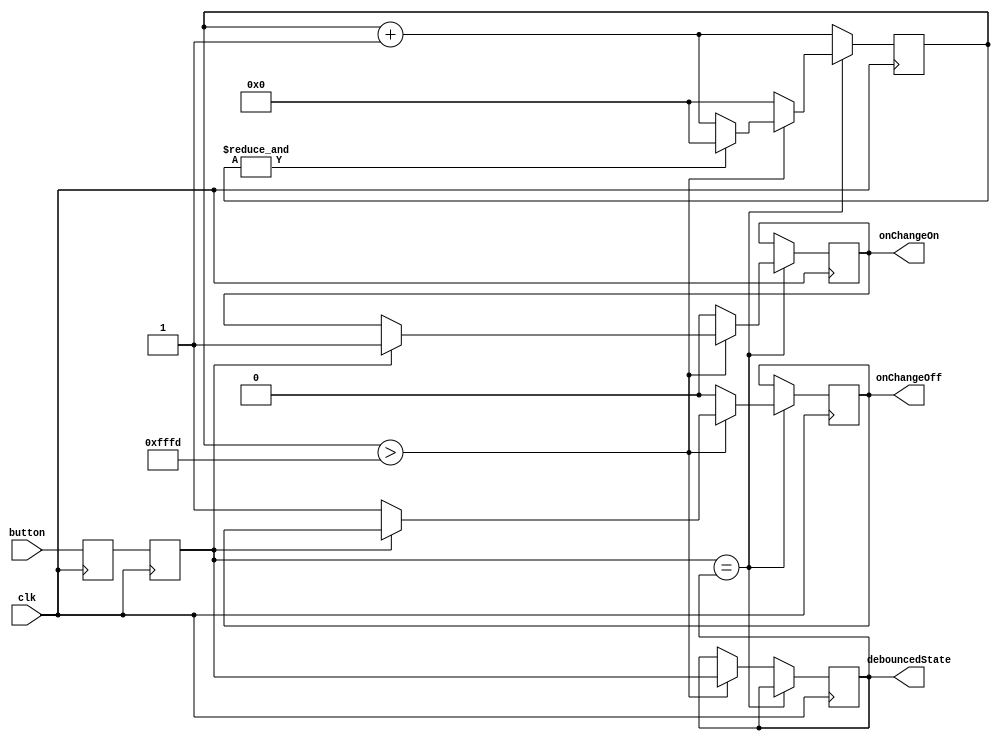
module Debounce( clk, button, debouncedState, onChangeOn, onChangeOff );
input clk;
input button;
output debouncedState;
output onChangeOn;
output onChangeOff;

reg debouncedState;

reg onChangeOn;
reg onChangeOff;
reg flop1;
reg flop2;
reg [15:0] counter;
always @(posedge clk) flop1 <= button;
always @(posedge clk) flop2 <= flop1;

wire stable = (flop2 == debouncedState );
wire loopDone = counter> 16'hfffd;

always @(posedge clk)
begin
if (stable)
   begin 
	   if( loopDone )
		begin
		  counter <= counter + 16'd1;
		  if( &counter ) counter <= 16'd0;
	     if( flop2 )
		    onChangeOn <= 1;
		   else 
		    onChangeOff <= 1;
	   end
		else
		   begin
		     counter <= 0; // reset.
			  onChangeOff <= 0;
			  onChangeOn <= 0;
			end
   end
else
   begin
	  counter <= counter + 15'd1;
	  if( loopDone ) debouncedState <= flop2;
	end
end
//assign onChangeOn = stable & loopDone & flop2;
//assign onChangeOff = stable & loopDone & (flop2 == 1'h0 );

endmodule